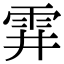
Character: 䨍